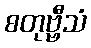
စတုဗ္ဗီသံ